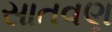
સાતવણ